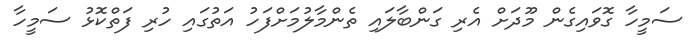
ސަމީހާ ގޮވައިގެން މޫދަށް އެރި ގަންބާލައި ތެންމާލުމަށްފަހު އަތުގައި ހުރި ފަތްކޮޅު ސަމީހާ